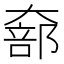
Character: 𫯵